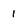
Character: 1